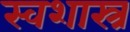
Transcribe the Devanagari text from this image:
स्वशास्त्र